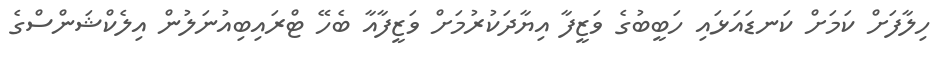
ހިލާފަށް ކަމަށް ކަނޑައަޅައި ހަބީބުގެ ވަޒީފާ އިޔާދަކުރުމަށް ވަޒީފާއާ ބެހޭ ޓްރައިބިއުނަލުން އިލެކްޝަންސްގެ